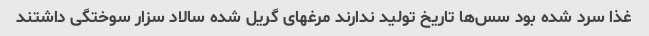
غذا سرد شده بود سس‌ها تاریخ تولید ندارند مرغهای گریل شده سالاد سزار سوختگی داشتند